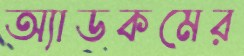
অ্যাডকমের